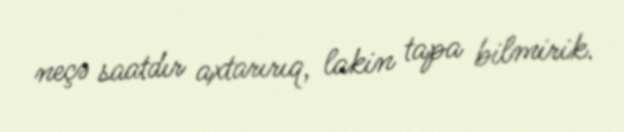
neçə saatdır axtarırıq, lakin tapa bilmirik.